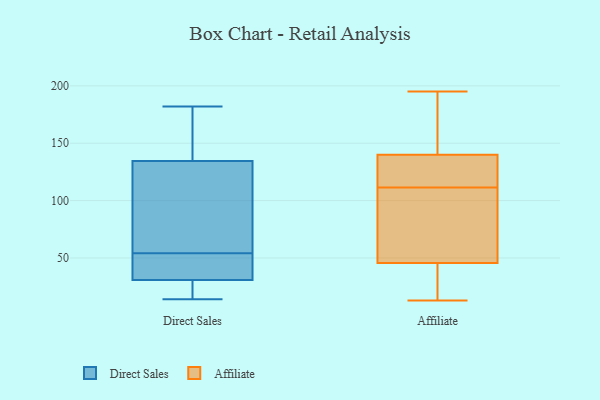
{"axis": {"x": "Gross Profit (USD K)", "y": "Value"}, "legend": ["Affiliate", "Direct Sales"], "data": [{"x": "", "y": 144, "type": "Direct Sales"}, {"x": "", "y": 25, "type": "Direct Sales"}, {"x": "", "y": 182, "type": "Direct Sales"}, {"x": "", "y": 115, "type": "Direct Sales"}, {"x": "", "y": 141, "type": "Direct Sales"}, {"x": "", "y": 64, "type": "Direct Sales"}, {"x": "", "y": 14, "type": "Direct Sales"}, {"x": "", "y": 28, "type": "Direct Sales"}, {"x": "", "y": 39, "type": "Direct Sales"}, {"x": "", "y": 54, "type": "Direct Sales"}, {"x": "", "y": 51, "type": "Direct Sales"}, {"x": "", "y": 171, "type": "Affiliate"}, {"x": "", "y": 46, "type": "Affiliate"}, {"x": "", "y": 195, "type": "Affiliate"}, {"x": "", "y": 90, "type": "Affiliate"}, {"x": "", "y": 155, "type": "Affiliate"}, {"x": "", "y": 135, "type": "Affiliate"}, {"x": "", "y": 126, "type": "Affiliate"}, {"x": "", "y": 38, "type": "Affiliate"}, {"x": "", "y": 20, "type": "Affiliate"}, {"x": "", "y": 145, "type": "Affiliate"}, {"x": "", "y": 89, "type": "Affiliate"}, {"x": "", "y": 113, "type": "Affiliate"}, {"x": "", "y": 110, "type": "Affiliate"}, {"x": "", "y": 45, "type": "Affiliate"}, {"x": "", "y": 13, "type": "Affiliate"}, {"x": "", "y": 122, "type": "Affiliate"}]}